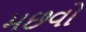
મછવો